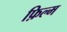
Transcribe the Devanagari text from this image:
फ़िल्म